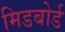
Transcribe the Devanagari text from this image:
मिडबोर्ड